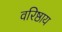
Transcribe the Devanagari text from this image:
वरिष्ठाय